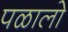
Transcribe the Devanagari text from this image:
पळालो